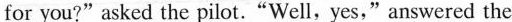
for you?"asked the pilot."Well,yes," answered the